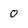
Character: o